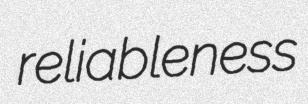
reliableness